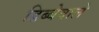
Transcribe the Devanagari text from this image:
डिब्बेवाले